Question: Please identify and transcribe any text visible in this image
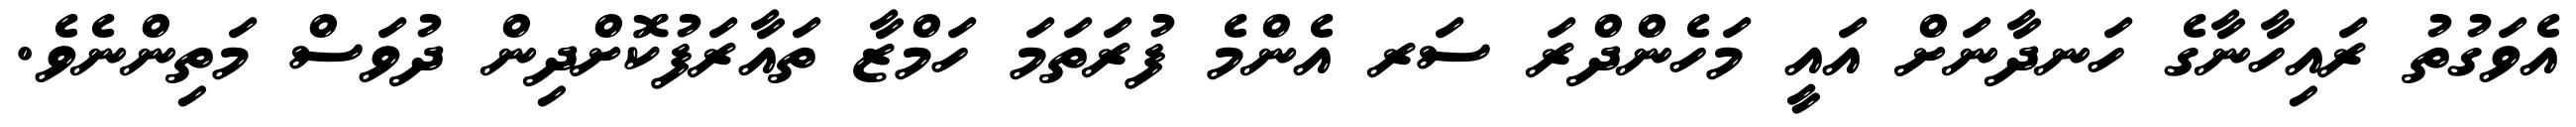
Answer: އެވަގުތު ރައިހާނާގެ ހަނދާނަށް އައީ މަހެންދްރަ ސަރ އެންމެ ފުރަތަމަ ހަމްޒާ ތައާރަފުކޮށްދިން ދުވަސް މަތިންނެވެ.